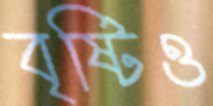
বৃষ্টিও